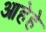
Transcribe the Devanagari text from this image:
आहेहे